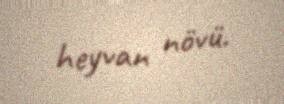
heyvan növü.